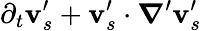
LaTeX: {\partial_{t}\mathbf v_{s}^{\prime}+\mathbf v_{s}^{\prime}\cdot\boldsymbol\nabla^{\prime}\mathbf v_{s}^{\prime}}